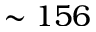
\sim 1 5 6